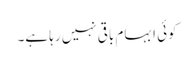
کوئی ابہام باقی نہیں رہا ہے۔